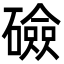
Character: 礆